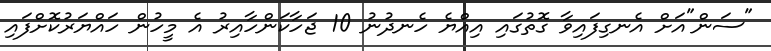
"ސަން"އަށް އެނގިފައިވާ ގޮތުގައި އިއްޔެ ހެނދުނު 10 ޖަހާކަންހާއިރު އެ މީހުން ހައްޔަރުކޮށްފައި